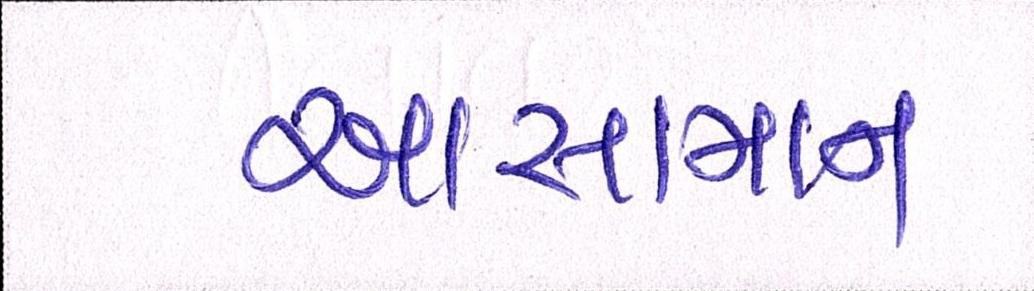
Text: આસામના